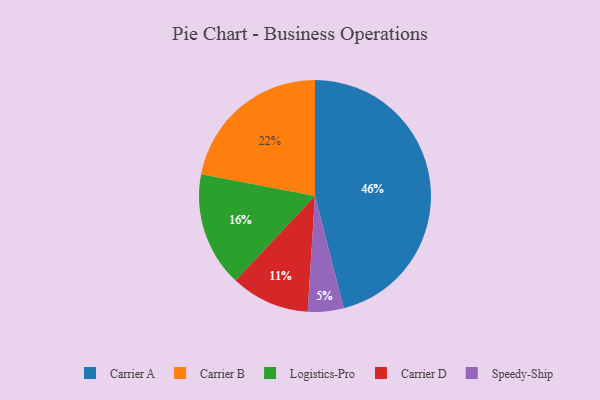
{"axis": {"x": "Category", "y": "Percentage"}, "legend": ["Carrier A", "Carrier B", "Carrier D", "Logistics-Pro", "Speedy-Ship"], "data": [{"x": "Logistics-Pro", "y": 16, "type": "Logistics-Pro"}, {"x": "Carrier B", "y": 22, "type": "Carrier B"}, {"x": "Carrier A", "y": 46, "type": "Carrier A"}, {"x": "Speedy-Ship", "y": 5, "type": "Speedy-Ship"}, {"x": "Carrier D", "y": 11, "type": "Carrier D"}]}